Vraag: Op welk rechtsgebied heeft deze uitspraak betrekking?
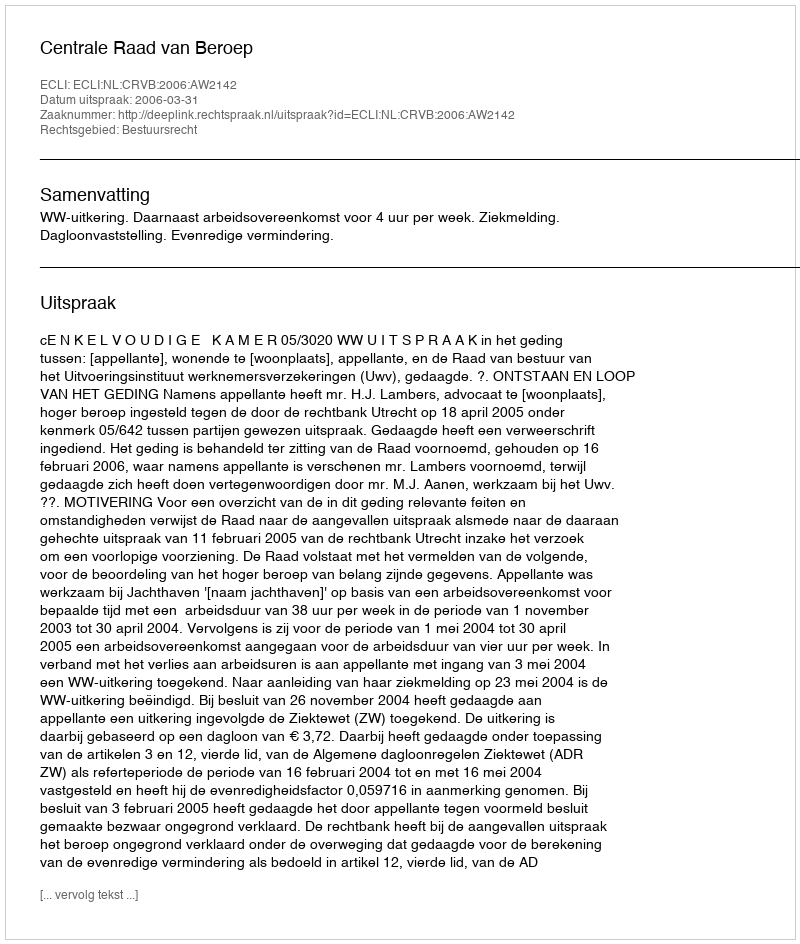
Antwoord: Bestuursrecht